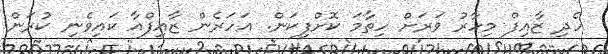
ހެދި ޒާއިފް މިހާރު ވަރަށް ހިތާމަ ކޮށްފިކަން. އަހަރެން ޒާއިފްއާ ކައިވެނި ކުރަން